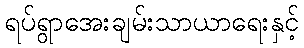
ရပ်ရွာအေးချမ်းသာယာရေးနှင့်